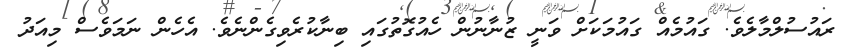
ރައުސުލްމާލެވެ. ގައުމެއް ގައުމަކަށް ވަނީ ޒުނާނުން ހެއުގޮތުގައި ބިނާކުރެވިގެންނެވެ. އެހެން ނަމަވެސް މިއަދު